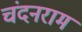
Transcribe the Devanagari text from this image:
चंदनराम